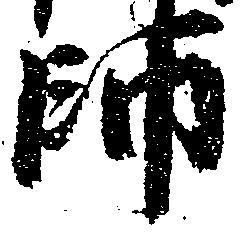
師